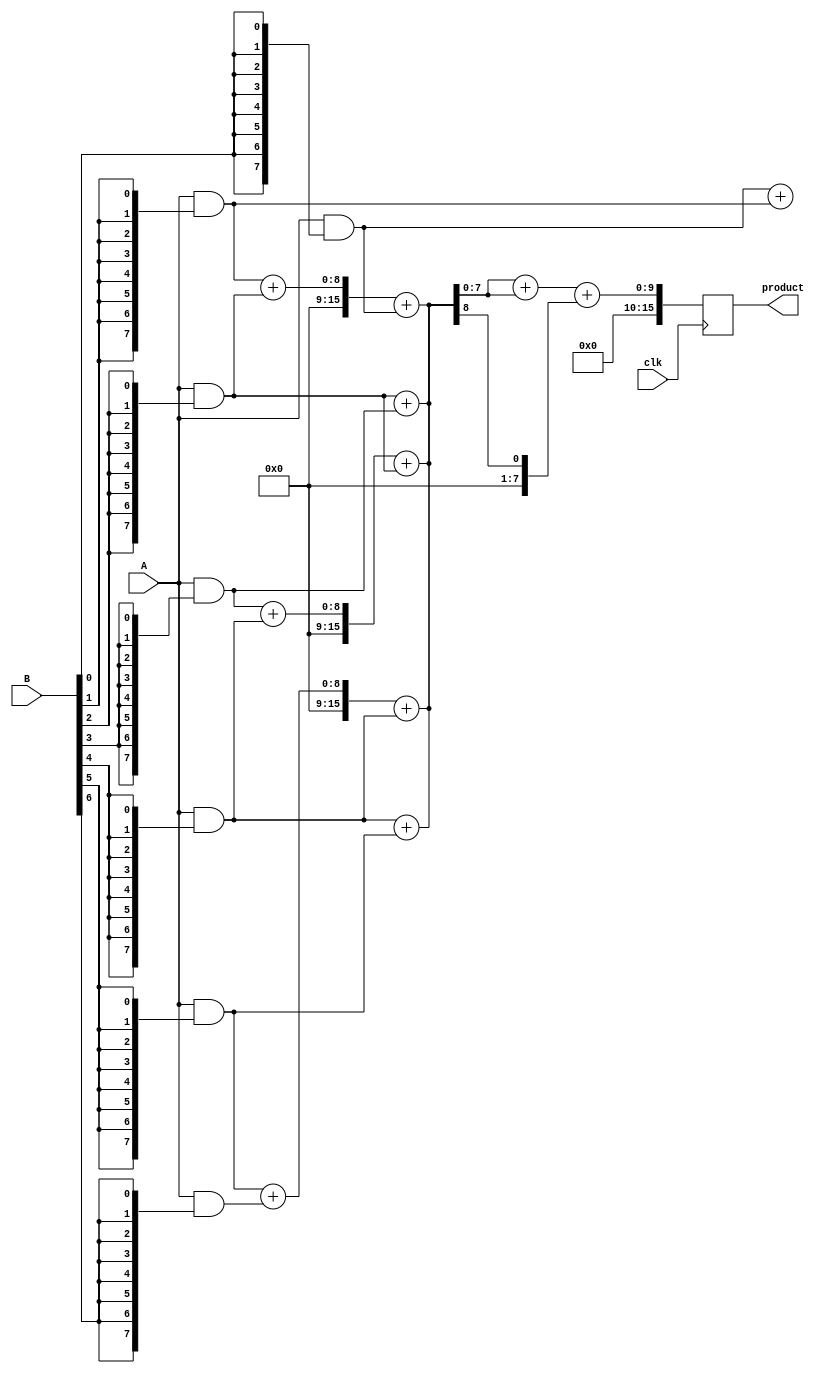
module WallaceTreeMultiplier #(parameter N = 8) (
    input wire clk,
    input wire [N-1:0] A,
    input wire [N-1:0] B,
    output reg [2*N-1:0] product
);

    // Partial product generation
    wire [N-1:0] pp [0:N-1]; // Partial products
    genvar i, j;
    generate
        for (i = 0; i < N; i = i + 1) begin : pp_gen
            assign pp[i] = A & {N{B[i]}};
        end
    endgenerate

    // Wallace tree reduction
    wire [N-1:0] sum [0:N-1]; // Sums from adders
    wire [N-1:0] carry [0:N-1]; // Carries from adders
    wire [N-1:0] temp_sum;
    wire [N-1:0] temp_carry;

    // First level of reduction
    generate
        for (i = 0; i < N; i = i + 1) begin : first_level
            if (i % 2 == 0 && i + 1 < N) begin
                // Use half-adder for pairs
                assign {carry[i/2], sum[i/2]} = pp[i] + pp[i+1];
            end else if (i % 2 == 1 && i + 1 < N) begin
                // Use full-adder for triplets
                assign {temp_carry, temp_sum} = pp[i] + pp[i+1] + pp[i-1];
                assign carry[i/2] = temp_carry;
                assign sum[i/2] = temp_sum;
            end
        end
    endgenerate

    // Further levels of reduction
    wire [N-1:0] final_sum;
    wire [N-1:0] final_carry;

    // Final addition stage
    always @(posedge clk) begin
        product <= 0; // Reset product
        // Assuming we have reduced to two rows of sums and carries
        // Add the last two outputs
        product <= sum[0] + sum[1] + carry[0];
    end

endmodule